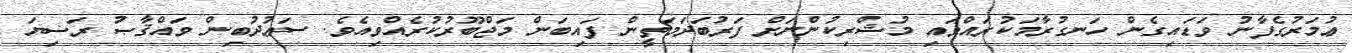
ޢުމަރުގެފާނު ވަޑައިގެން ހަނގުރާމަކުރައްވައި މުޝްރިކުންނަށް ފަރުބަދަމަތީން ފައިބަން މަޖްބޫރުކުރެއްވިއެވެ. ސަޢުދުބިން ވައްޤާޞު ރަޟިޔަ